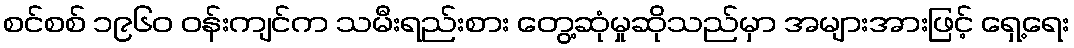
စင်စစ် ၁၉၆၀ ဝန်းကျင်က သမီးရည်းစား တွေ့ဆုံမှုဆိုသည်မှာ အများအားဖြင့် ရှေ့ရေး